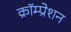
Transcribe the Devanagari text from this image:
क्रॉम्प्रेशन